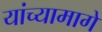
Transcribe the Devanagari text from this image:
यांच्यामागे